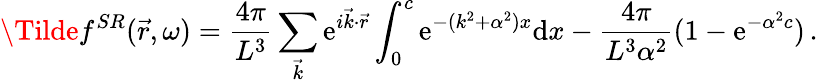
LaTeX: \Tilde{f}^{SR}(\vec{r},\omega)=\frac{4\pi}{L^{3}}\sum_{\vec{k}}\mathrm{e}^{i\vec{k}\cdot\vec{r}}\int_{0}^{c}\mathrm{e}^{-(k^{2}+\alpha^{2})x}\mathrm{d}x-\frac{4\pi}{L^{3}\alpha^{2}}(1-\mathrm{e}^{-\alpha^{2}c})\, .